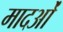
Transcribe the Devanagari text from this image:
मादओं